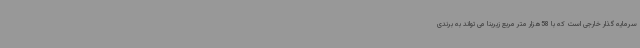
سرمایه گذار خارجی است که با 58هزار متر مربع زیربنا می تواند به برندی